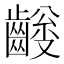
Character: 𪙅